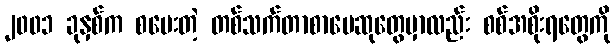
၂၀၀၁ ခုနှစ်က စပေးတဲ့ တစ်သက်တာစာပေဆုတွေမှာလည်း စစ်အစိုးရတွေကို